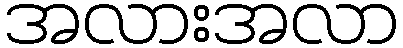
အလားအလာ